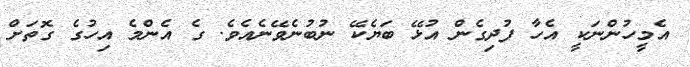
އެމީހުންނަކީ އެހާ ފުދިގެން އުޅޭ ބަޔެކޭ ނުބުނެވޭނެއެވެ. ގެ އެންމެ އިހުގެ ގޮތަށް